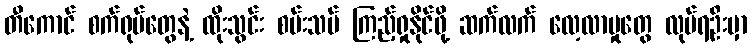
တီကောင် စက်ရုပ်တွေနဲ့ ထိုးသွင်း စမ်းသပ် ကြည့်ရှုနိုင်ဖို့ ဆက်လက် လေ့လာမှုတွေ လုပ်ရဦးမှာ